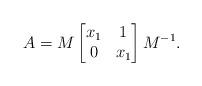
LaTeX: \begin{align*}A&=M\begin{bmatrix}x_1 & 1\\ 0& x_1\end{bmatrix}M^{-1}.\end{align*}